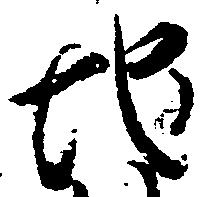
地